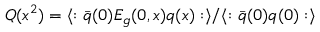
Q ( x ^ { 2 } ) = \langle : \bar { q } ( 0 ) E _ { g } ( 0 , x ) q ( x ) : \rangle / \langle : \bar { q } ( 0 ) q ( 0 ) : \rangle